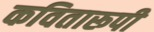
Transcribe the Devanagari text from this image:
कवितारूपी